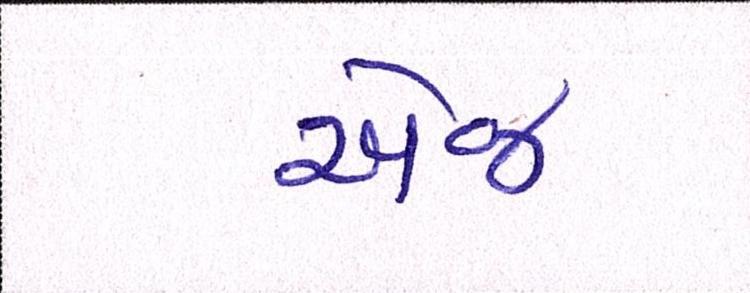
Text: એજ